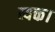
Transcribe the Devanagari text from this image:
व्यक्त।